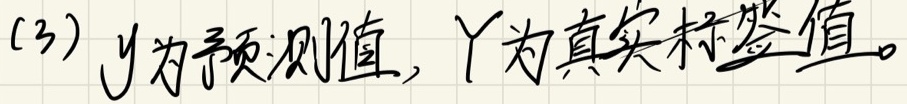
(3) \(y\)为预测值，\(Y\)为真实标签值。